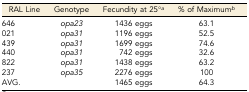
| RAL Line | Genotype | Fecundity at 25°a | % of Maximumb |
 | --- | --- | --- | --- |
 | 646 | opa23 | 1436 eggs | 63.1 |
 | 021 | opa31 | 1196 eggs | 52.5 |
 | 439 | opa31 | 1699 eggs | 74.6 |
 | 440 | opa31 | 742 eggs | 32.6 |
 | 822 | opa31 | 1438 eggs | 63.2 |
 | 237 | opa35 | 2276 eggs | 100 |
 | AVG. |  | 1465 eggs | 64.3 |